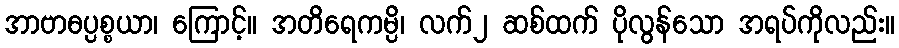
အာဗာဓပ္ပစ္စယာ၊ ကြောင့်။ အတိရေကမ္ပိ၊ လက်၂ ဆစ်ထက် ပိုလွန်သော အရပ်ကိုလည်း။